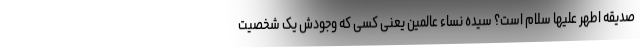
صدیقه اطهر علیها سلام است؟ سیده نساء عالمین یعنی کسی که وجودش یک شخصیت